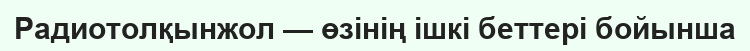
Радиотолқынжол — өзінің ішкі беттері бойынша